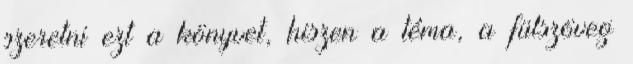
szeretni ezt a könyvet, hiszen a téma, a fülszöveg